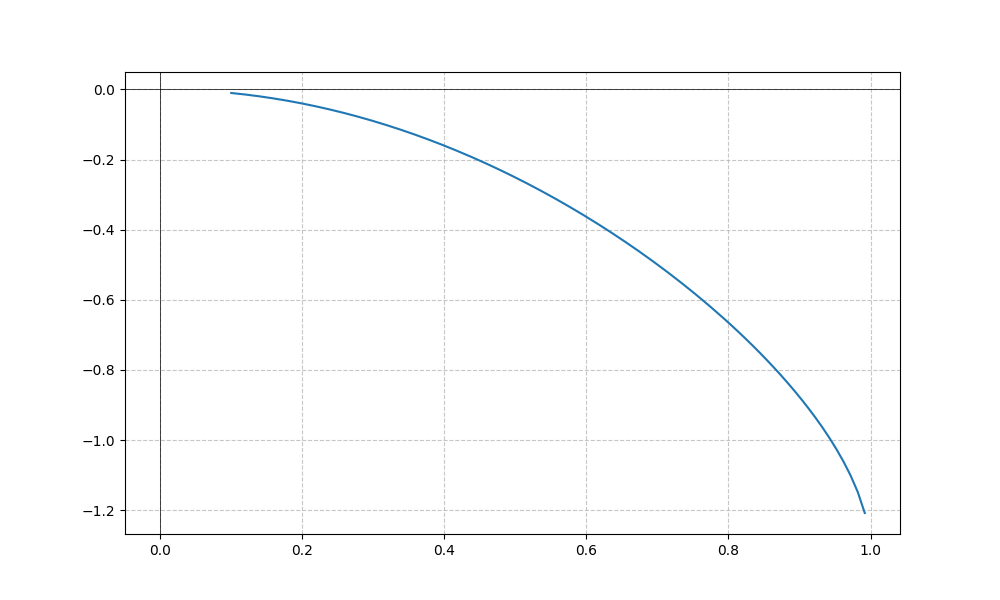
LaTeX formula: - \sin{\left(x \right)} \operatorname{asin}{\left(x \right)}